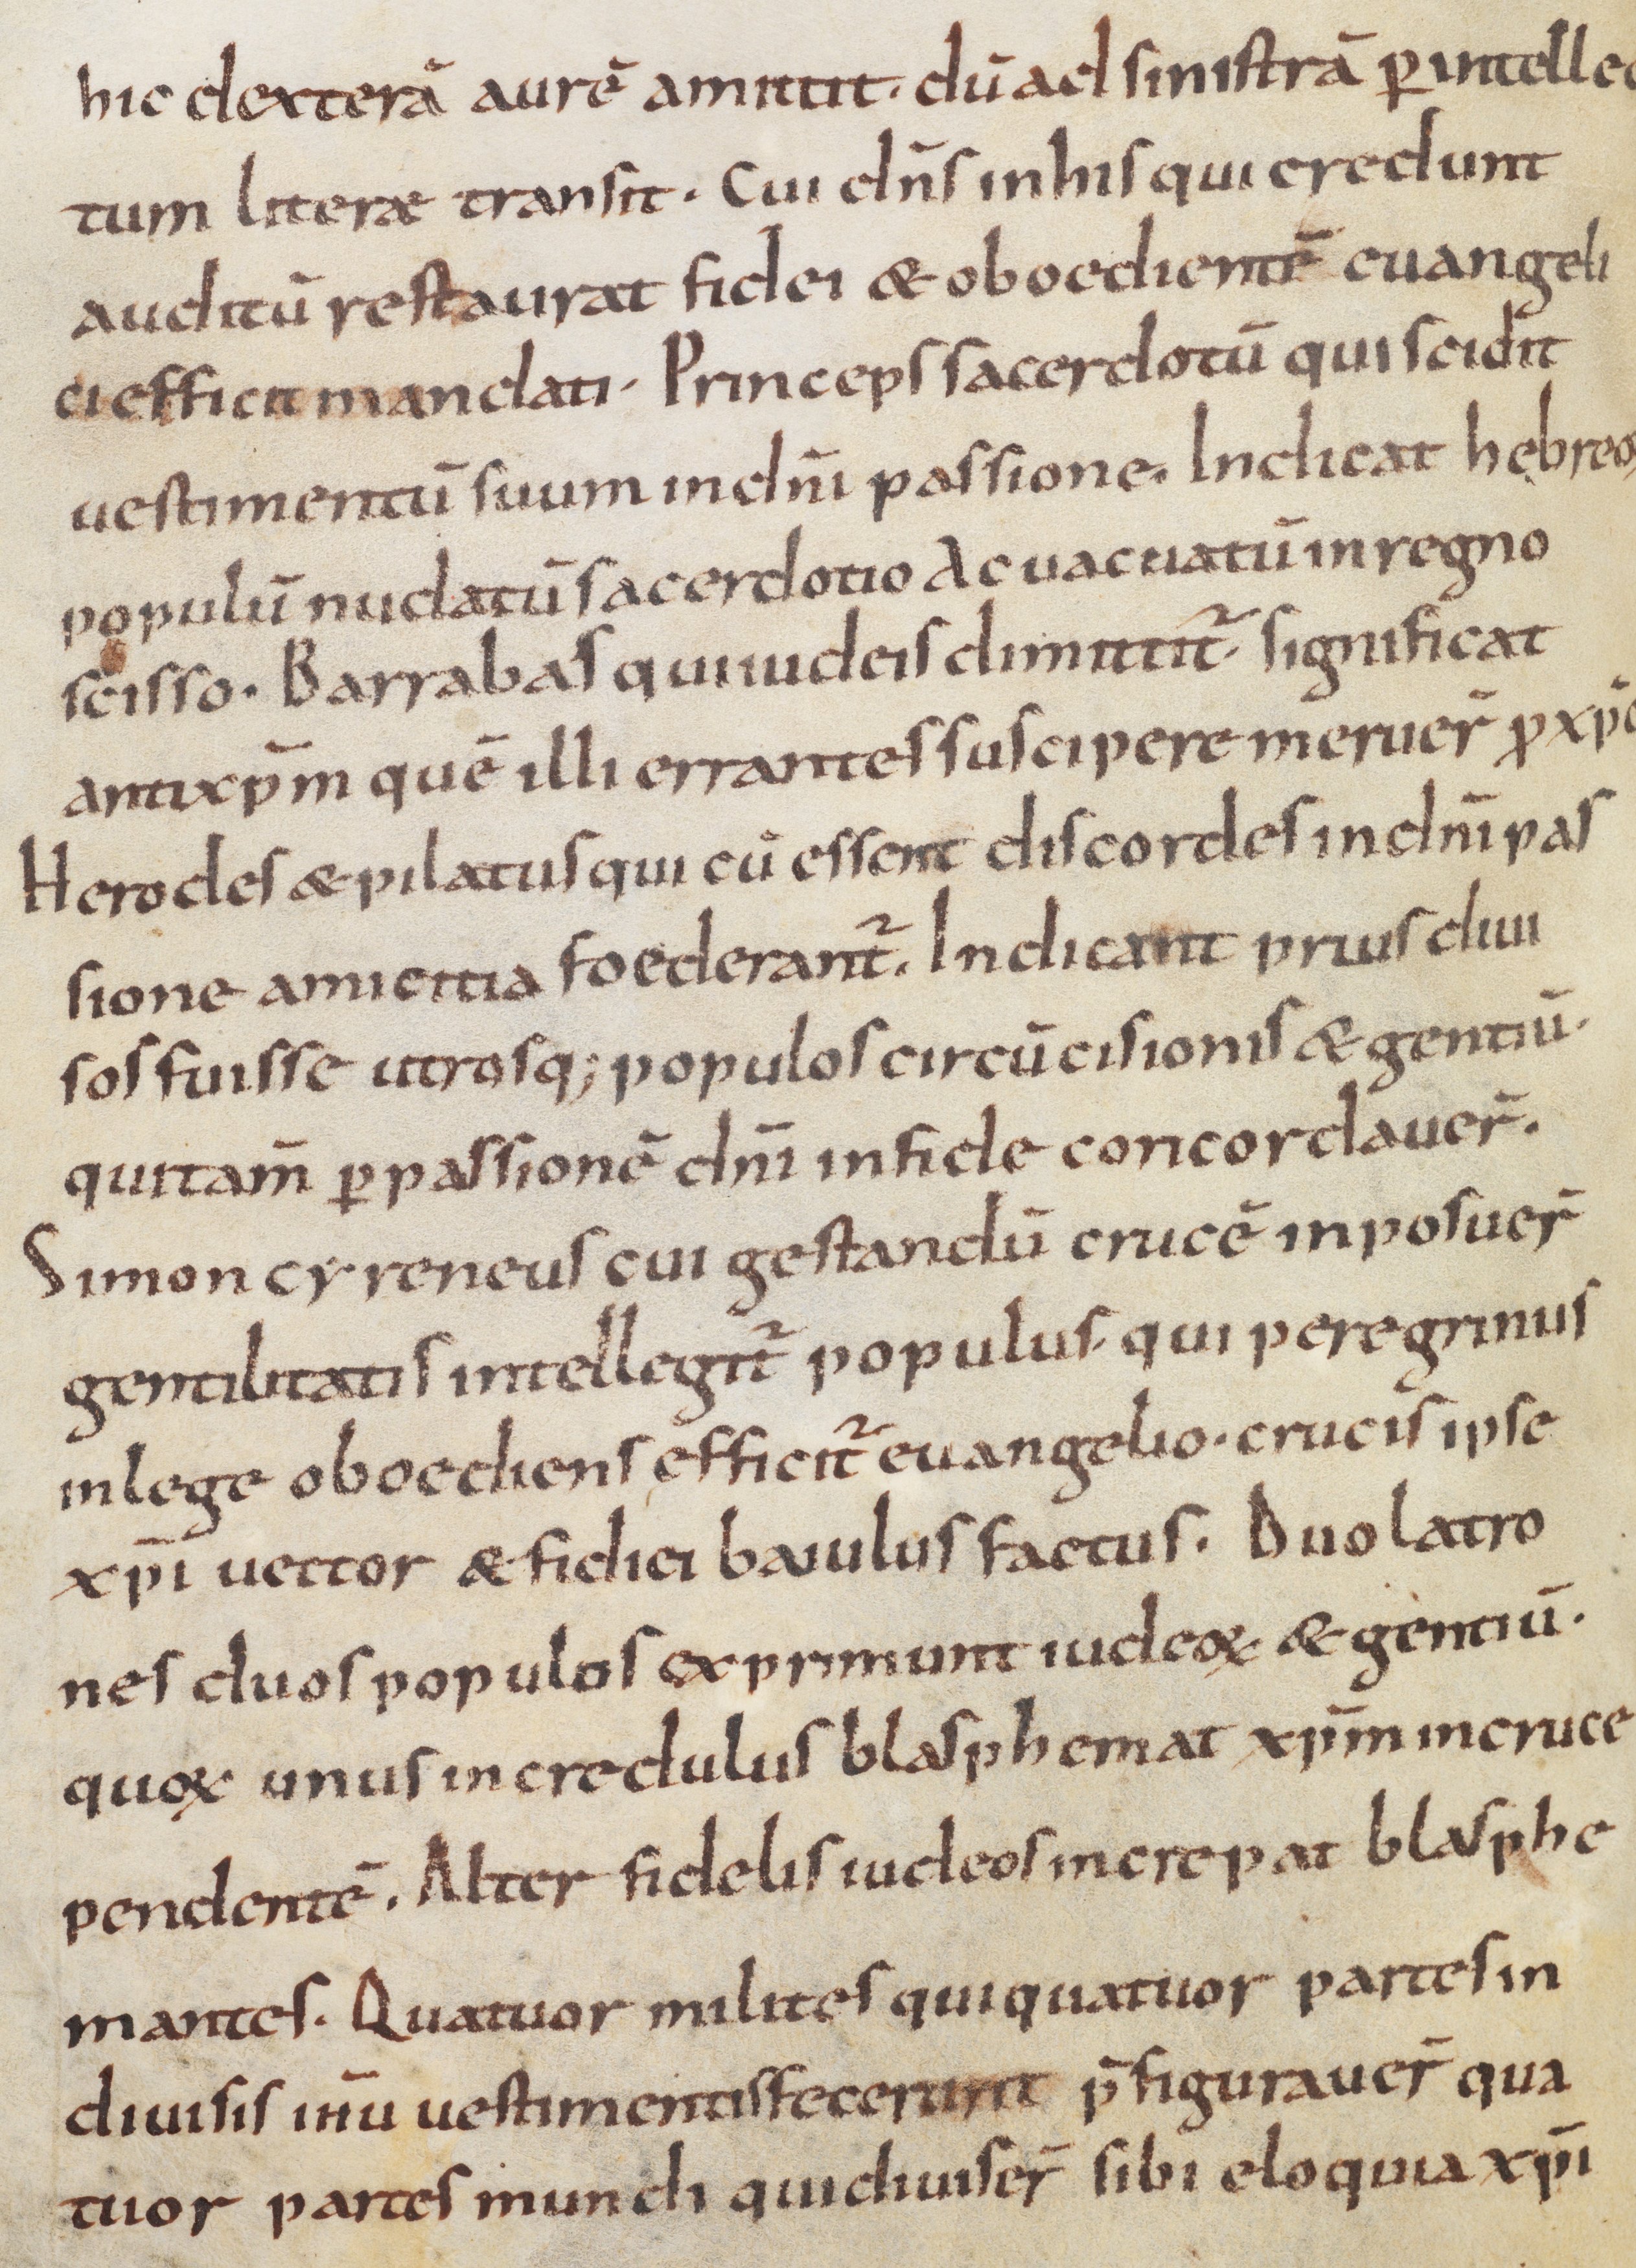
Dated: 900–1099